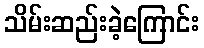
သိမ်းဆည်းခဲ့ကြောင်း